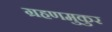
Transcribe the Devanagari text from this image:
ग्रहणमुकुर